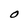
Character: O